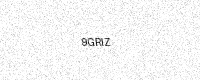
Text: 9GRIZ